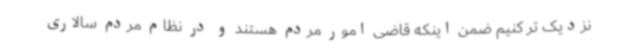
نزدیک تر کنیم ضمن اینکه قاضی امور مردم هستند و در نظام مردم سالاری